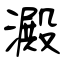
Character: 澱